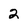
Character: 2